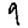
Digit: 9